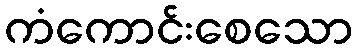
ကံကောင်းစေသော